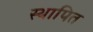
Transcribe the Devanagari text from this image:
स्थापित